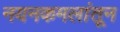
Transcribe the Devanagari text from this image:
नयनकमलांतून